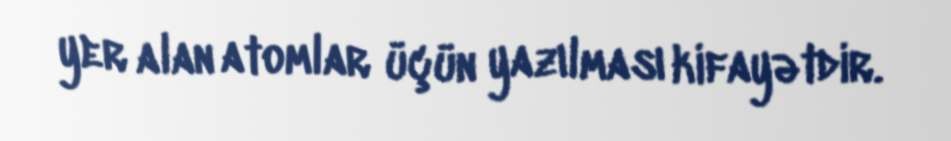
yer alan atomlar üçün yazılması kifayətdir.